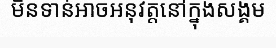
មិនទាន់អាចអនុវត្តនៅក្នុងសង្គម